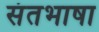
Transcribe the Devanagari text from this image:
संतभाषा